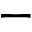
-